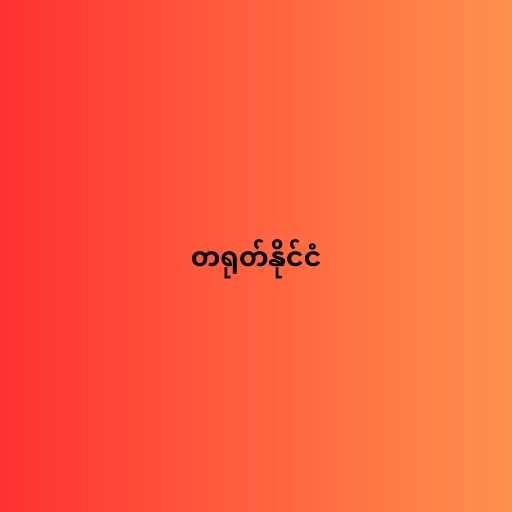
တရုတ်နိုင်ငံ